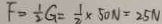
F = \frac { 1 } { 2 } G = \frac { 1 } { 2 } \times 5 0 N = 2 5 N